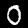
Digit: 0